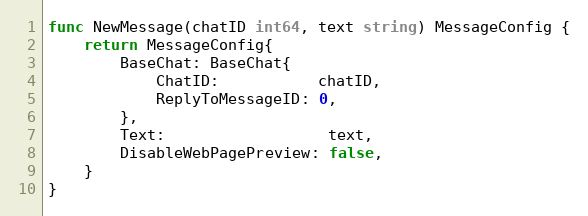
Language: Go
func NewMessage(chatID int64, text string) MessageConfig {
	return MessageConfig{
		BaseChat: BaseChat{
			ChatID:           chatID,
			ReplyToMessageID: 0,
		},
		Text:                  text,
		DisableWebPagePreview: false,
	}
}